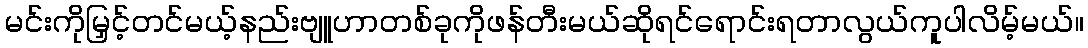
မင်းကိုမြှင့်တင်မယ့်နည်းဗျူဟာတစ်ခုကိုဖန်တီးမယ်ဆိုရင်ရောင်းရတာလွယ်ကူပါလိမ့်မယ်။